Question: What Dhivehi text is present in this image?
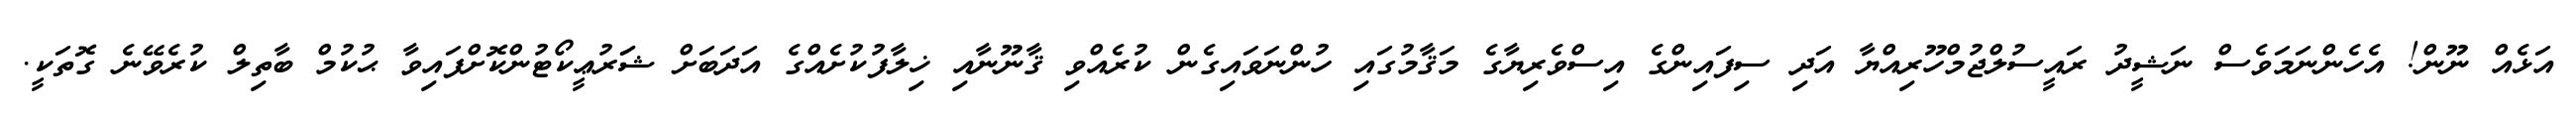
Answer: އަޅެއް ނޫން! އެހެންނަމަވެސް ނަޝީދު ރައީސުލްޖުމްހޫރިއްޔާ އަދި ސިފައިންގެ އިސްވެރިޔާގެ މަޤާމުގައި ހުންނަވައިގެން ކުރެއްވި ޤާނޫނާއި ޚިލާފުކުށެއްގެ އަދަބަށް ޝަަރުޢީކޯޓުންކޮށްފައިވާ ޙުކުމް ބާތިލް ކުރެވޭނެ ގޮތަކީ.